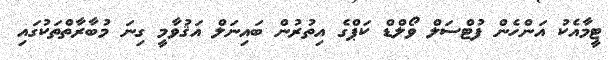
ޓީމާއެކު އަންހެން ފުޓްސަލް ވޯލްޑް ކަޕްގެ އިތުރުން ބައިނަލް އަޤުވާމީ ގިނަ މުބާރާތްތަކުގައި